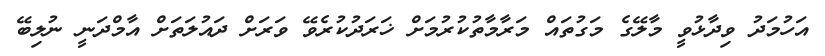
އަހުމަދު ވިދާޅުވީ މާލޭގެ މަގުތައް މަރާމާތުކުރުމަށް ޚަރަދުކުރެވޭ ވަރަށް ދައުލަތަށް އާމްދަނީ ނުލިބޭ